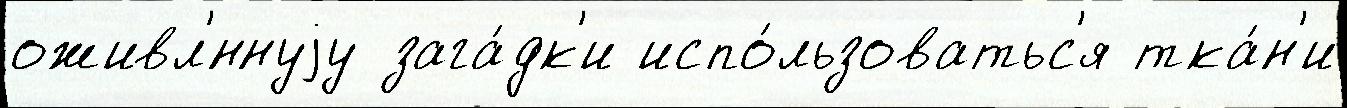
оживл'́ннуjу зага́дк'и испо́льзоватьс'я тка́н'и